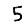
Digit: 5